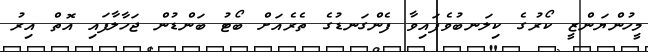
މީހުންޔަންޒީ ކޯރުގެ ކިލަނބުވެފައިވާ ފެންގަނޑުގެ ތެރެއަށް ބޯޓު ބަންޑުން ޖަހާލާފައި އޮތް އިރު